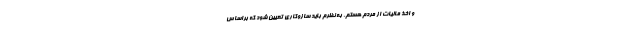
و اخذ مالیات از مردم هستم. به نظرم باید سازوکاری تعیین شود که براساس